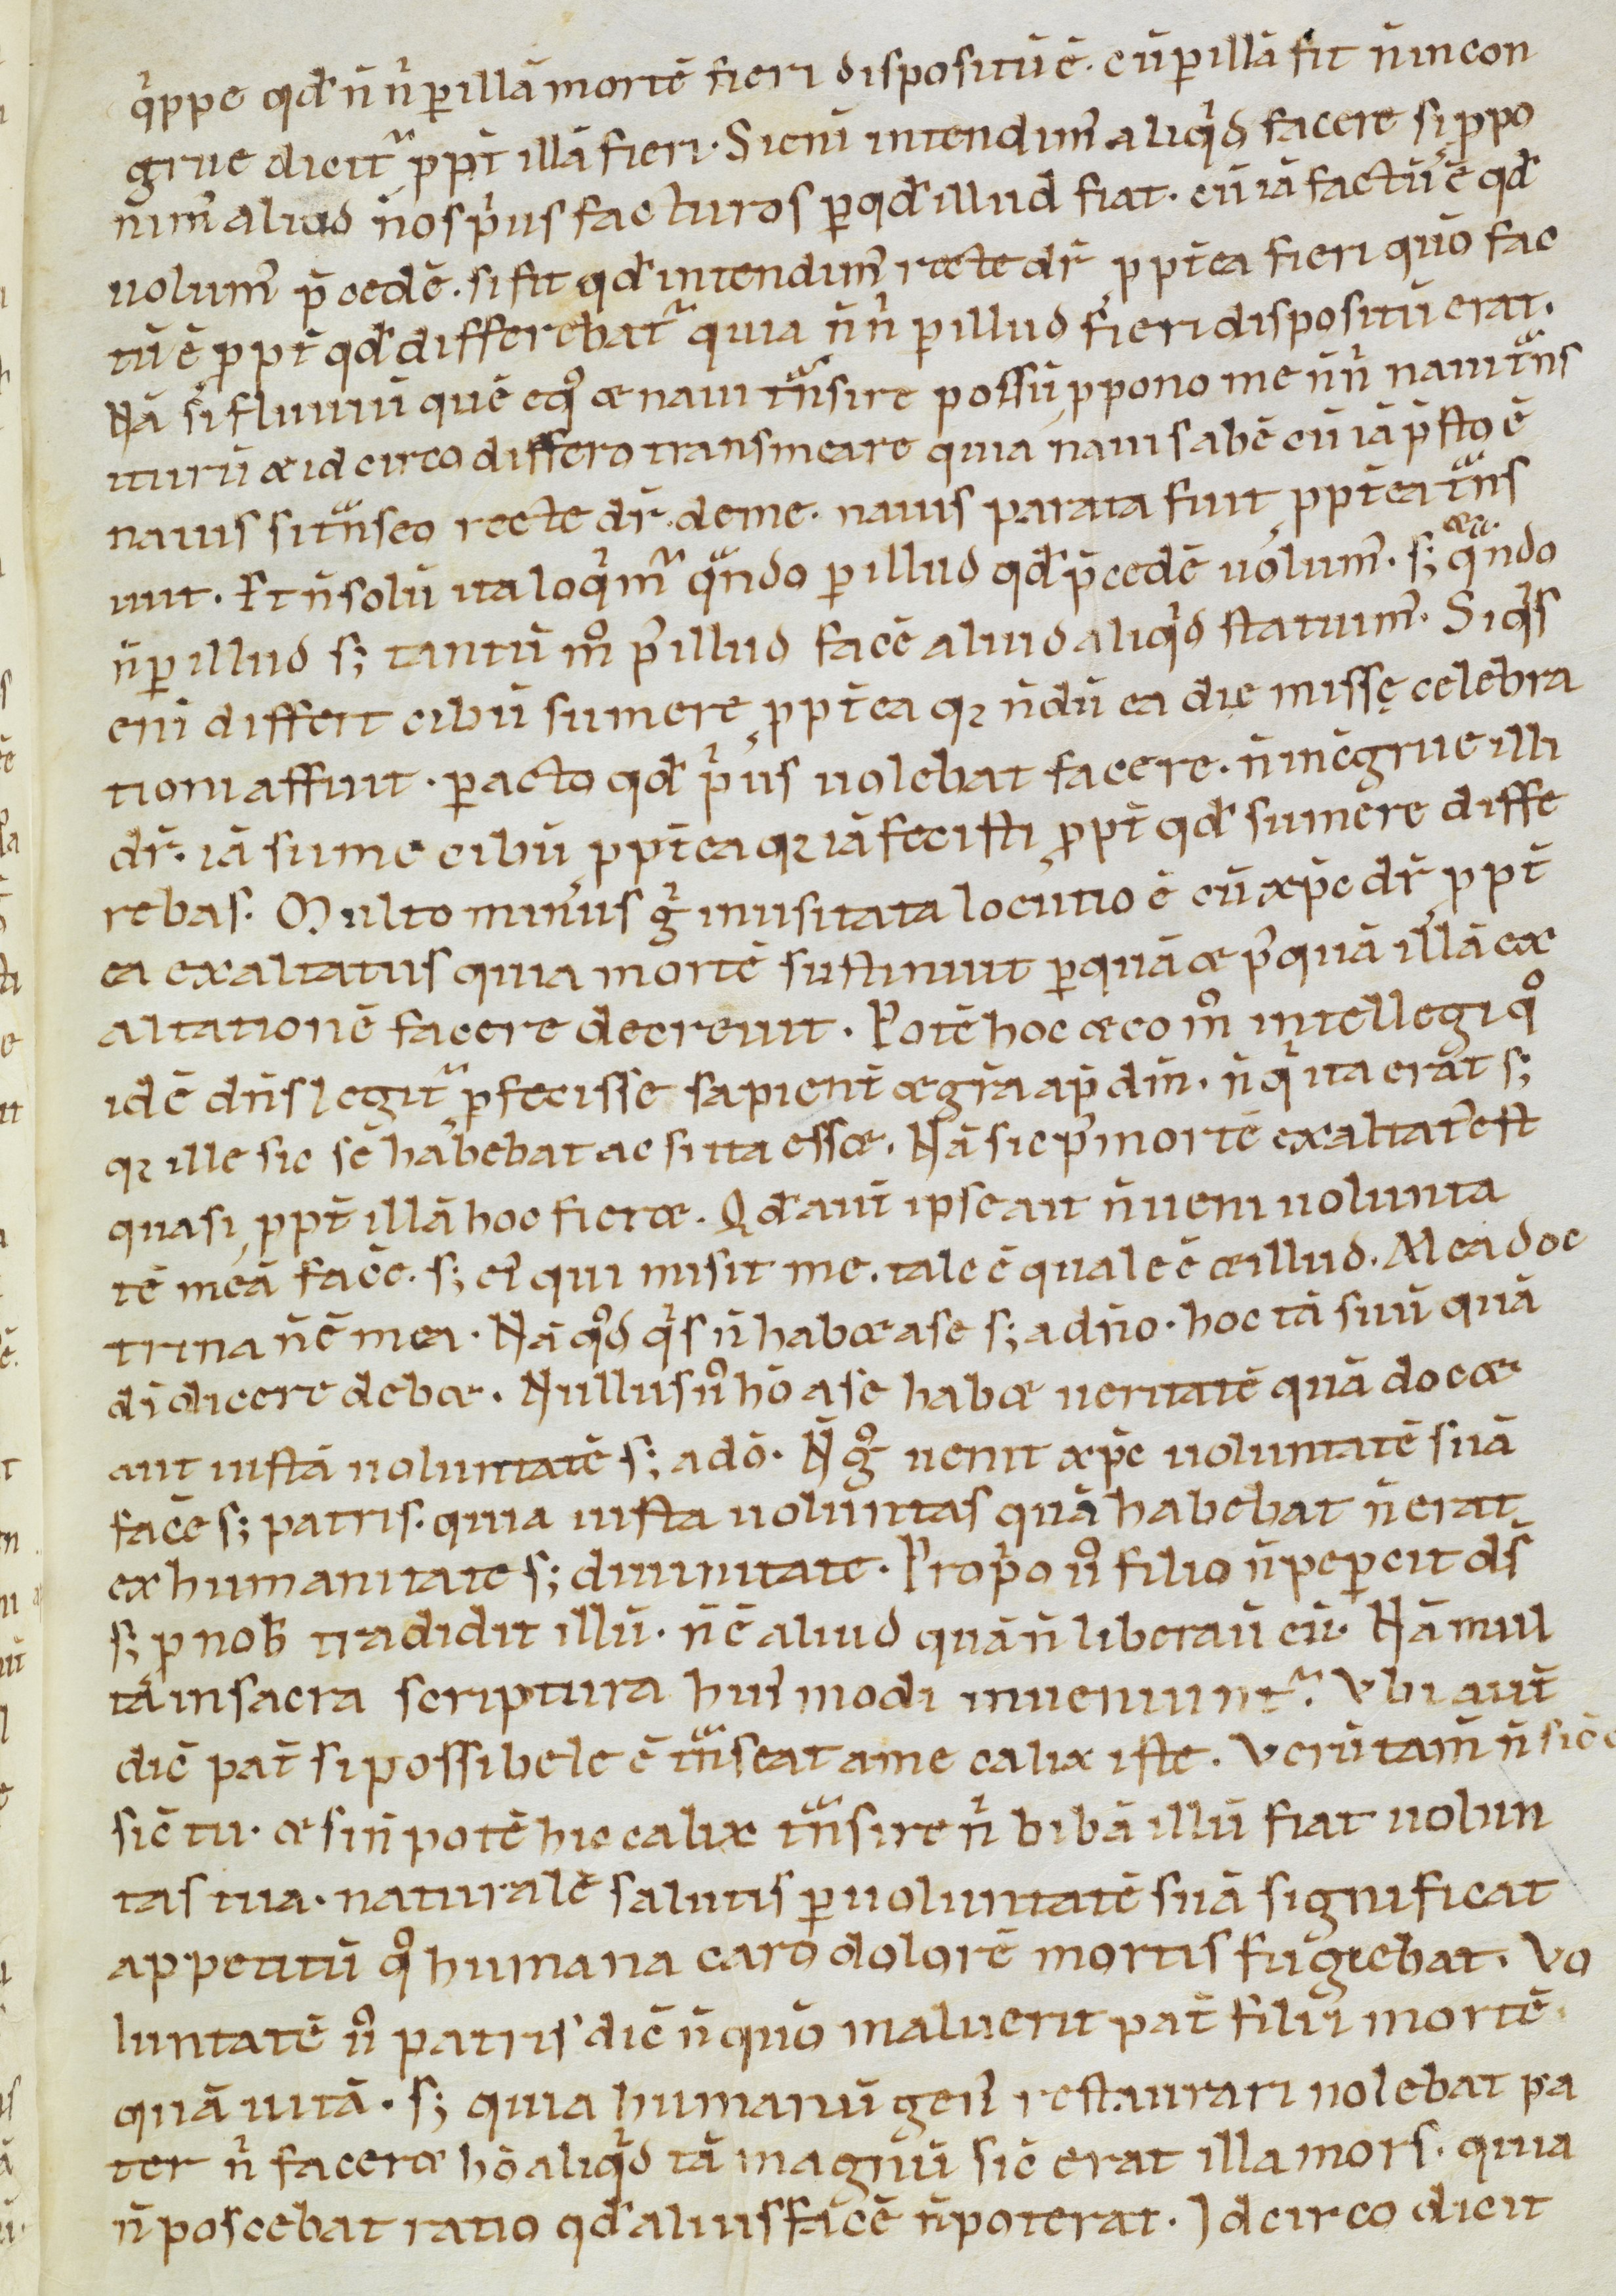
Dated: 1100–1199